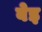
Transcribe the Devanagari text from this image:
बेइ